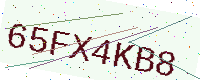
Text: 65FX4KB8